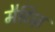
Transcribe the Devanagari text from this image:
मैटिज़